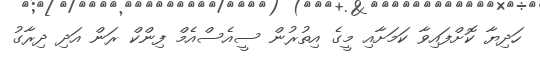
ހަދިޔާ ކޮށްފައިވާ ކަމަށާއި މީގެ އިތުރުން ސީއެސްއެމް ފިންކް ރަން އަދި ދިރާގު